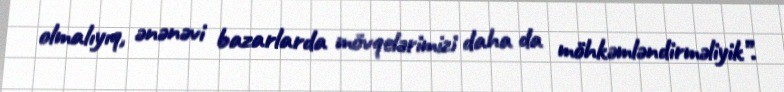
olmalıyıq, ənənəvi bazarlarda mövqelərimizi daha da möhkəmləndirməliyik”.